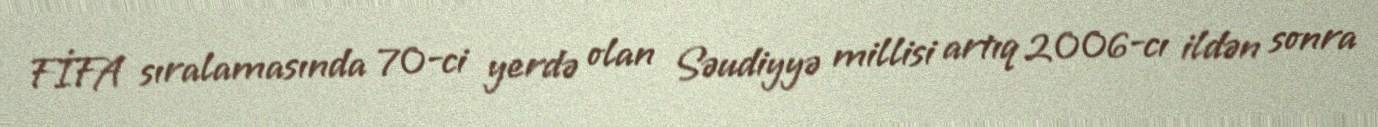
FİFA sıralamasında 70-ci yerdə olan Səudiyyə millisi artıq 2006-cı ildən sonra